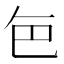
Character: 𮎜